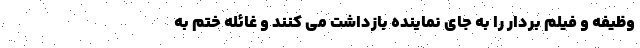
وظیفه و فیلم بردار را به جای نماینده بازداشت می کنند و غائله ختم به